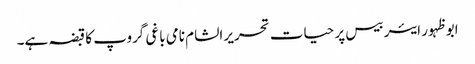
ابو ظہور ایئر بیس پر حیات تحریر الشام نامی باغی گروپ کا قبضہ ہے۔